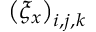
\left( \xi _ { x } \right) _ { i , j , k }